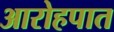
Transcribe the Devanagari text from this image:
आरोहपात